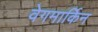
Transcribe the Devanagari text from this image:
वेगमार्किन